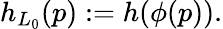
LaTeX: h_{L_{0}}(p):=h(\phi(p)).